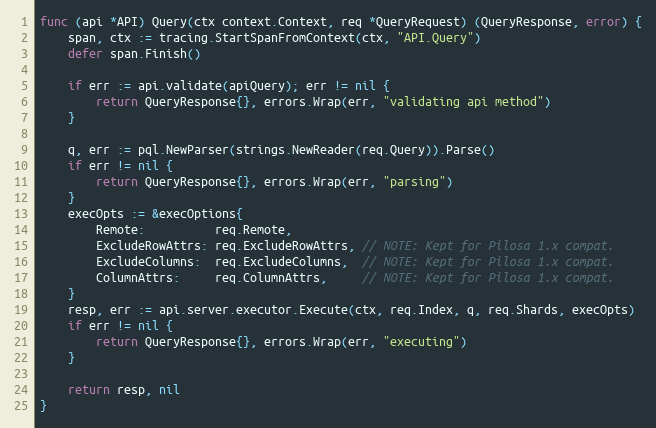
Language: Go
func (api *API) Query(ctx context.Context, req *QueryRequest) (QueryResponse, error) {
	span, ctx := tracing.StartSpanFromContext(ctx, "API.Query")
	defer span.Finish()

	if err := api.validate(apiQuery); err != nil {
		return QueryResponse{}, errors.Wrap(err, "validating api method")
	}

	q, err := pql.NewParser(strings.NewReader(req.Query)).Parse()
	if err != nil {
		return QueryResponse{}, errors.Wrap(err, "parsing")
	}
	execOpts := &execOptions{
		Remote:          req.Remote,
		ExcludeRowAttrs: req.ExcludeRowAttrs, // NOTE: Kept for Pilosa 1.x compat.
		ExcludeColumns:  req.ExcludeColumns,  // NOTE: Kept for Pilosa 1.x compat.
		ColumnAttrs:     req.ColumnAttrs,     // NOTE: Kept for Pilosa 1.x compat.
	}
	resp, err := api.server.executor.Execute(ctx, req.Index, q, req.Shards, execOpts)
	if err != nil {
		return QueryResponse{}, errors.Wrap(err, "executing")
	}

	return resp, nil
}